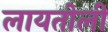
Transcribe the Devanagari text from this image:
लायतोली